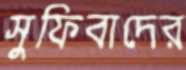
সুফিবাদের